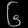
Digit: ၆